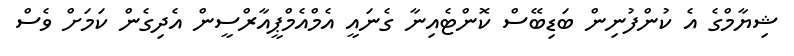
ޝިޔާމްގެ އެ ކުންފުނިން ބަޑިބޭސް ކޮންޓެއިނާ ގެނައީ އެމްއެމްޕީއާރްސީން އެދިގެން ކަމަށް ވެސް